Report on plague and inoculation in the Punjab from October 1st ... to September 30th..., being the ... season of plague in the province
Disease focus: Plague
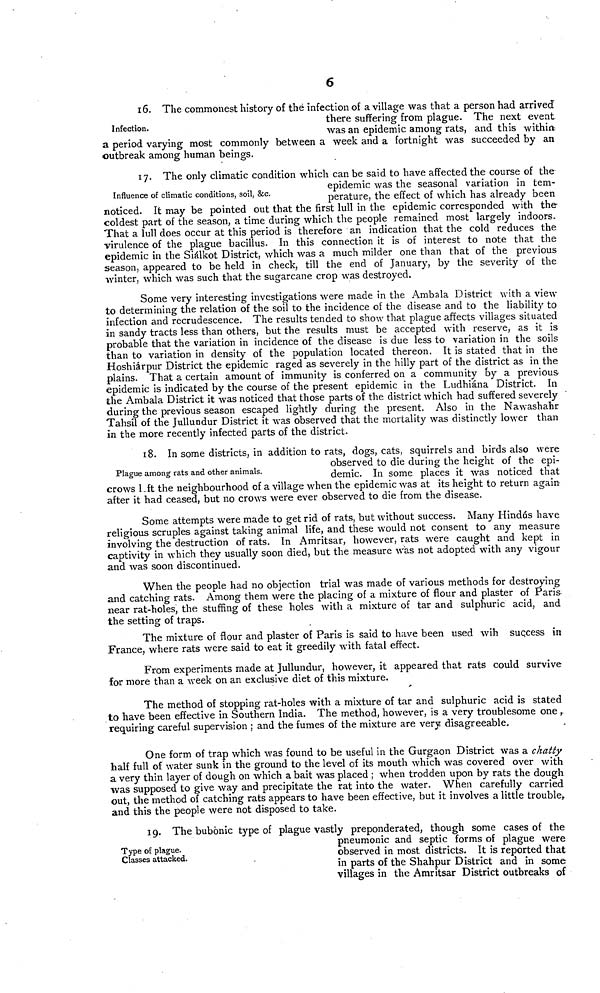
6
Infection.
16. The commonest history of the infection of a village was that a person had arrived
there suffering from plague. The next event
was an epidemic among rats, and this within
a period varying most commonly between a week and a fortnight was succeeded by an
outbreak among human beings.
Influence of climatic conditions, soil, &c.
17. The only climatic condition which can be said to have affected the course of the
epidemic was the seasonal variation in tem-
perature, the effect of which has already been
noticed. It may be pointed out that the first lull in the epidemic corresponded with the
coldest part of the season, a time during which the people remained most largely indoors.
That a lull does occur at this period is therefore an indication that the cold reduces the
virulence of the plague bacillus. In this connection it is of interest to note that the
epidemic in the Siálkot District, which was a much milder one than that of the previous
season, appeared to be held in check, till the end of January, by the severity of the
winter, which was such that the sugarcane crop was destroyed.
Some very interesting investigations were made in the Ambala District with a view
to determining the relation of the soil to the incidence of the disease and to the liability to
infection and recrudescence. The results tended to show that plague affects villages situated
in sandy tracts less than others, but the results must be accepted with reserve, as it is
probable that the variation in incidence of the disease is due less to variation in the soils
than to variation in density of the population located thereon. It is stated that in the
Hoshiárpur District the epidemic raged as severely in the hilly part of the district as in the
plains. That a certain amount of immunity is conferred on a community by a previous
epidemic is indicated by the course of the present epidemic in the Ludhiána District. In
the Ambala District it was noticed that those parts of the district which had suffered severely
during the previous season escaped lightly during the present. Also in the Nawashahr
Tahsil of the Jullundur District it was observed that the mortality was distinctly lower than
in the more recently infected parts of the district.
Plague among rats and other animals.
18. In some districts, in addition to rats, dogs, cats, squirrels and birds also were
observed to die during the height of the epi-
demic. In some places it was noticed that
crows left the neighbourhood of a village when the epidemic was at its height to return again
after it had ceased, but no crows were ever observed to die from the disease.
Some attempts were made to get rid of rats, but without success. Many Hindús have
religious scruples against taking animal life, and these would not consent to any measure
involving the destruction of rats. In Amritsar, however, rats were caught and kept in
captivity in which they usually soon died, but the measure was not adopted with any vigour
and was soon discontinued.
When the people had no objection trial was made of various methods for destroying
and catching rats. Among them were the placing of a mixture of flour and plaster of Paris
near rat-holes, the stuffing of these holes with a mixture of tar and sulphuric acid, and
the setting of traps.
The mixture of flour and plaster of Paris is said to have been used wih success in
France, where rats were said to eat it greedily with fatal effect.
From experiments made at Jullundur, however, it appeared that rats could survive
for more than a week on an exclusive diet of this mixture.
The method of stopping rat-holes with a mixture of tar and sulphuric acid is stated
to have been effective in Southern India. The method, however, is a very troublesome one ,
requiring careful supervision ; and the fumes of the mixture are very disagreeable.
One form of trap which was found to be useful in the Gurgaon District was a chatty
half full of water sunk in the ground to the level of its mouth which was covered over with
a very thin layer of dough on which a bait was placed ; when trodden upon by rats the dough
was supposed to give way and precipitate the rat into the water. When carefully carried
out, the method of catching rats appears to have been effective, but it involves a little trouble,
and this the people were not disposed to take.
Type of plague.
Classes attacked.
19. The bubonic type of plague vastly preponderated, though some cases of the
pneumonic and septic forms of plague were
observed in most districts. It is reported that
in parts of the Shahpur District and in some
villages in the Amritsar District outbreaks of